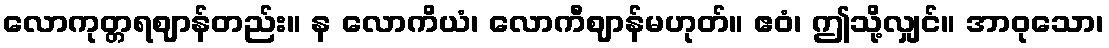
လောကုတ္တရဈာန်တည်း။ န လောကိယံ၊ လောကီဈာန်မဟုတ်။ ဧဝံ၊ ဤသို့လျှင်။ အာဝုသော၊